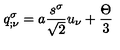
q _ { ; \nu } ^ { \sigma } = a \frac { s ^ { \sigma } } { \sqrt { 2 } } u _ { \nu } + \frac { \Theta } { 3 }